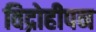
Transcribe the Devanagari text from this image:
विद्रोहीपन